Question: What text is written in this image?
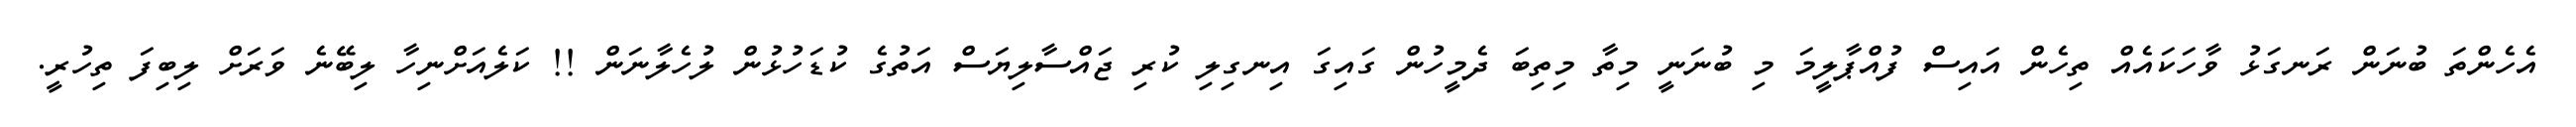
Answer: އެހެންތަ ބުނަން ރަނގަޅު ވާހަކައެއް ތިހެން އައިސް ފުއްޕާލީމަ މި ބުނަނީ މިތާ މިތިބަ ދެމީހުން ގައިގަ އިނގިލި ކުރި ޖައްސާލިޔަސް އަތުގެ ކުޑަހުޅުން ލުހެލާނަން !! ކަލެއަށްނިހާ ލިބޭނެ ވަރަށް ލިބިފަ ތިހުރީ.